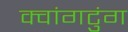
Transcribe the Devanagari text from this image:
क्वांगटुंग